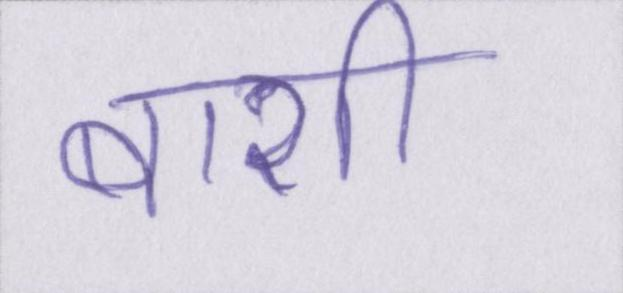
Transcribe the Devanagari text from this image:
बाशी